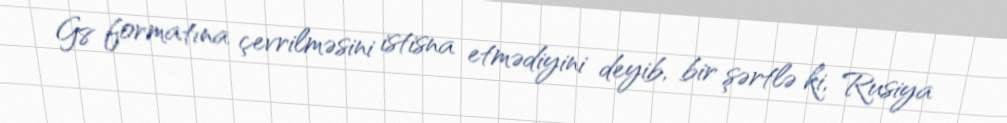
G8 formatına çevrilməsini istisna etmədiyini deyib, bir şərtlə ki, Rusiya